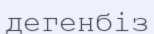
дегенбіз